Vaccination Hyderabad 1890-1903 - 1890-1903
Year: 1890
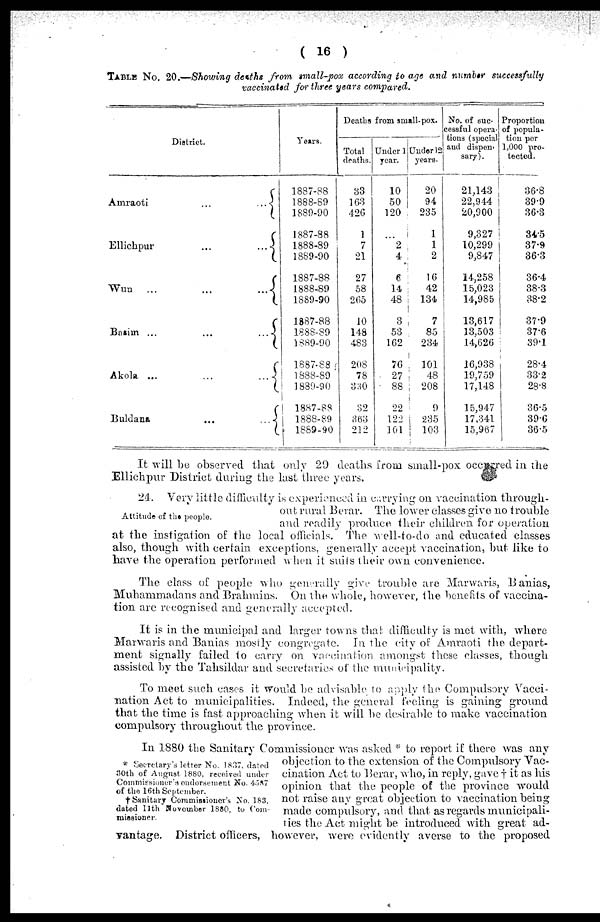
( 16 )
TABLE No. 20.—Showing deaths from small-pox according to age and number successfully
vaccinated for three years compared.
District.
Amraoti
...
...
Ellichpur
...
...
Wun ...
...
...
Basim ...
...
...
Akola ...
...
...
Buldana
...
...
Years.
1887-88
1888-89
1889-90
1887-88
1888-89
1889-90
1887-88
1888-89
1889-90
1887-88
1888-89
1889-90
1887-88
1888-89
1889-90
1887-88
1888-89
1889-90
Deaths from small-pox.
Total
deaths.
33
163
426
1
7
21
27
58
265
10
148
483
208
78
330
32
363
212
Under 1
year.
10
50
120
...
2
4
6
14
48
3
53
162
76
27
88
22
122
161
Under 12
years.
20
94
235
1
1
2
16
42
134
7
85
234
101
48
208
9
235
103
No. of suc-
cessful opera-
tions (special
and dispen-
sary).
21,143
22,944
20,900
9,327
10,299
9,847
14,258
15,023
14,985
13,617
13,503
14,626
16,938
19,759
17,148
15,947
17,341
15,967
Proportion
of popula-
tion per
1,000 pro-
tected.
36.8
39.9
36.3
34.5
37.9
36.3
36.4
38.3
38.2
37.9
37.6
39.1
28.4
33.2
28.8
36.5
39.6
36.5
It will be observed that only 29 deaths from small-pox occurred in the
Ellichpur District during the last three years.
Attitude of the people.
24. Very little difficulty is experienced in carrying on vaccination through-
out rural Berar. The lower classes give no trouble
and readily produce their children for operation
at the instigation of the local officials. The well-to-do and educated classes
also, though with certain exceptions, generally accept vaccination, but like to
have the operation performed when it suits their own convenience.
The class of people who generally give trouble are Marwaris, Banias,
Muhammadans and Brahmins. On the whole, however, the benefits of vaccina-
tion are recognised and generally accepted.
It is in the municipal and larger towns that difficulty is met with, where
Marwaris and Banias mostly congregate. In the city of Amraoti the depart-
ment signally failed to carry on vaccination amongst these classes, though
assisted by the Tahsildar and secretaries of the municipality.
To meet such cases it would be advisable to apply the Compulsory Vacci-
nation Act to municipalities. Indeed, the general feeling is gaining ground
that the time is fast approaching when it will be desirable to make vaccination
compulsory throughout the province.
* Secretary's letter No. 1837. dated
30th of August 1880, received under
Commissioner's endorsement No. 4587
of the 16th September.
† Sanitary Commissioner's No. 183,
dated 11th November 1880, to Com¬
missioner.
In 1880 the Sanitary Commissioner was asked * to report if there was any
objection to the extension of the Compulsory Vac-
cination Act to Berar, who, in reply, gave † it as his
opinion that the people of the province would
not raise any great objection to vaccination being
made compulsory, and that as regards municipali-
ties the Act might be introduced with great ad-
vantage. District officers, however, were evidently averse to the proposed